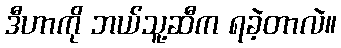
ဒီဟာကို ဘယ်သူ့ဆီက ရခဲ့တာလဲ။